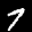
Label: 7